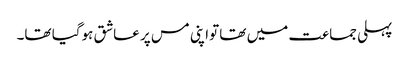
پہلی جماعت میں تھا تواپنی مس پر عاشق ہوگیا تھا۔